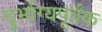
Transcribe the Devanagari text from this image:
दुर्भाग्यपूर्वक